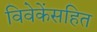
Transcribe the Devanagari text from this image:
विवेकेंसहित